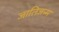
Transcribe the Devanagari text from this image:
जातिजन्म